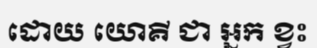
ដោយ យោគី ជា អ្នក ខ្វះ